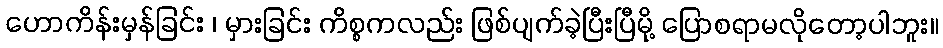
ဟောကိန်းမှန်ခြင်း ၊ မှားခြင်း ကိစ္စကလည်း ဖြစ်ပျက်ခဲ့ပြီးပြီမို့ ပြောစရာမလိုတော့ပါဘူး။